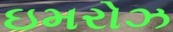
ઇમરોઝ